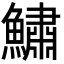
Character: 鱐